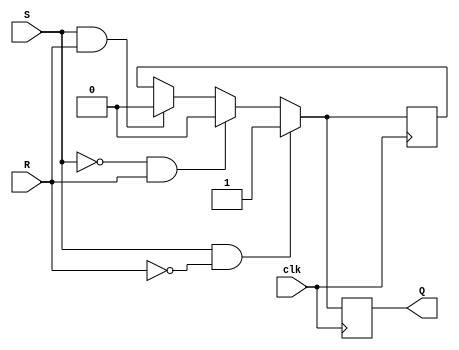
module SR_FF(input wire clk, input wire S, input wire R, output reg Q);

reg master_latch, slave_latch;

always @(posedge clk) begin
    if(S && !R) begin
        master_latch <= 1'b1;
        slave_latch <= 1'b1;
    end else if(!S && R) begin
        master_latch <= 1'b0;
        slave_latch <= 1'b0;
    end else if(S && R) begin
        master_latch <= 1'b0;
        slave_latch <= 1'b0;
    end else begin
        master_latch <= master_latch;
        slave_latch <= master_latch;
    end
end

assign Q = slave_latch;

endmodule